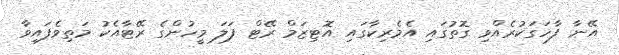
އޭނާ ފާހަގަކުރެއްވި ގޮތުގައި އެމެރިކާގައި އޮޓިޒަމް ރޭޓް ފަލަ މީހުންގެ ރޭޓާއެކު މަތިވެފައިވާ